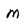
Character: M